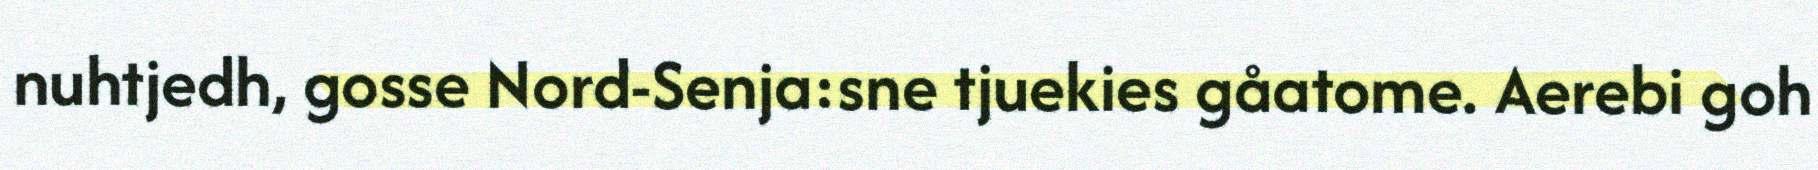
nuhtjedh, gosse Nord-Senja:sne tjuekies gåatome. Aerebi goh